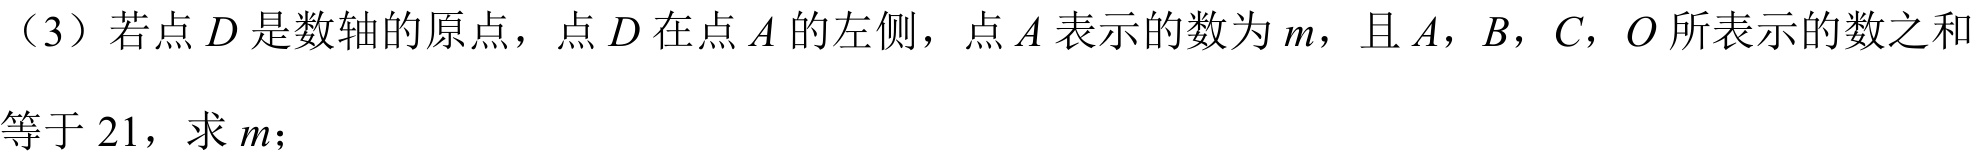
（3）若点 \(D\) 是数轴的原点，点 \(D\) 在点 \(A\) 的左侧，点 \(A\) 表示的数为 \(m\)，且 \(A\)，\(B\)，\(C\)，\(O\) 所表示的数之和等于 \(21\)，求 \(m\)；